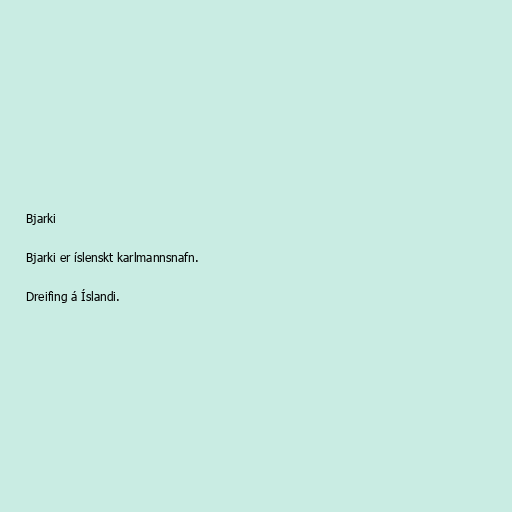
Bjarki

Bjarki er íslenskt karlmannsnafn.

Dreifing á Íslandi.